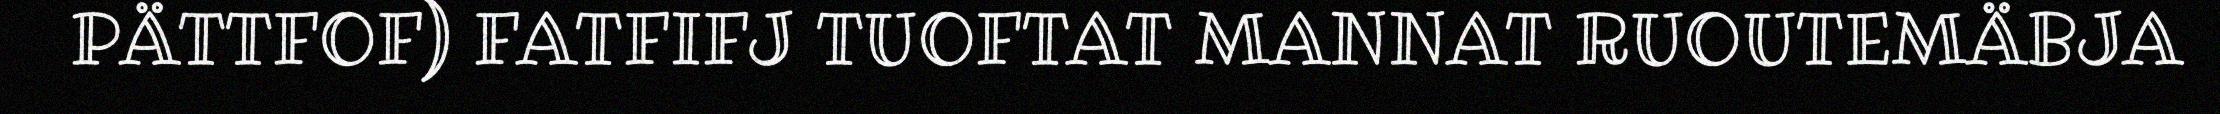
PÄTTFOF) FATFIFJ TUOFTAT MANNAT RUOUTEMÄBJA